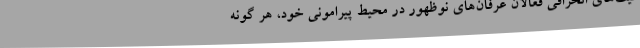
لیت‌های انحرافی فعالان عرفان‌های نوظهور در محیط پیرامونی خود، هر گونه